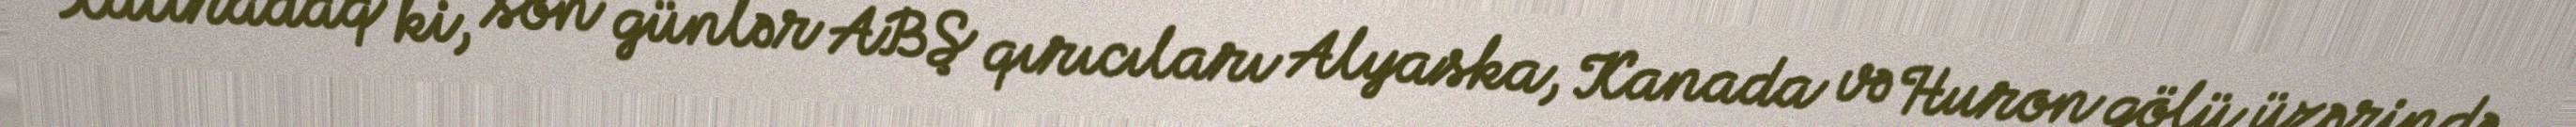
Xatıradaq ki, son günlər ABŞ qırıcıları Alyaska, Kanada və Huron gölü üzərində